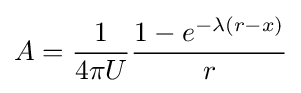
A={\frac {1}{4\pi U}}{\frac {1-e^{-\lambda (r-x)}}{r}}